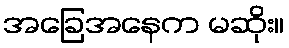
အခြေအနေက မဆိုး။